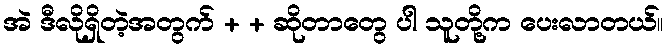
အဲ ဒီလိုရှိတဲ့အတွက် + + ဆိုတာတွေ ပါ သူတို့က ပေးလာတယ်။